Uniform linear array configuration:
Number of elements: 64
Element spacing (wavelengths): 0.75
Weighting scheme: hann
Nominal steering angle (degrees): -15
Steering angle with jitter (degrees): -14.236
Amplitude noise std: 0.05
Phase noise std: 0.05

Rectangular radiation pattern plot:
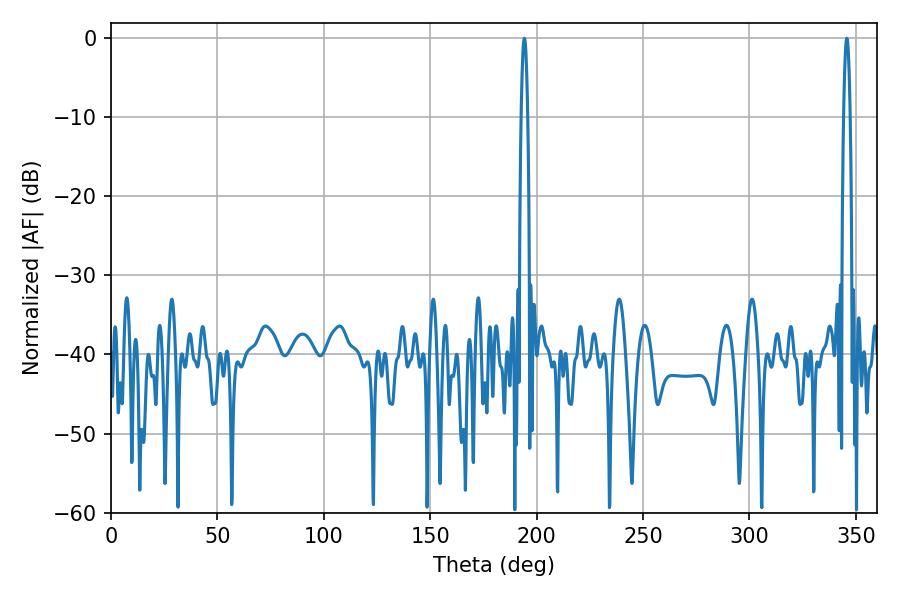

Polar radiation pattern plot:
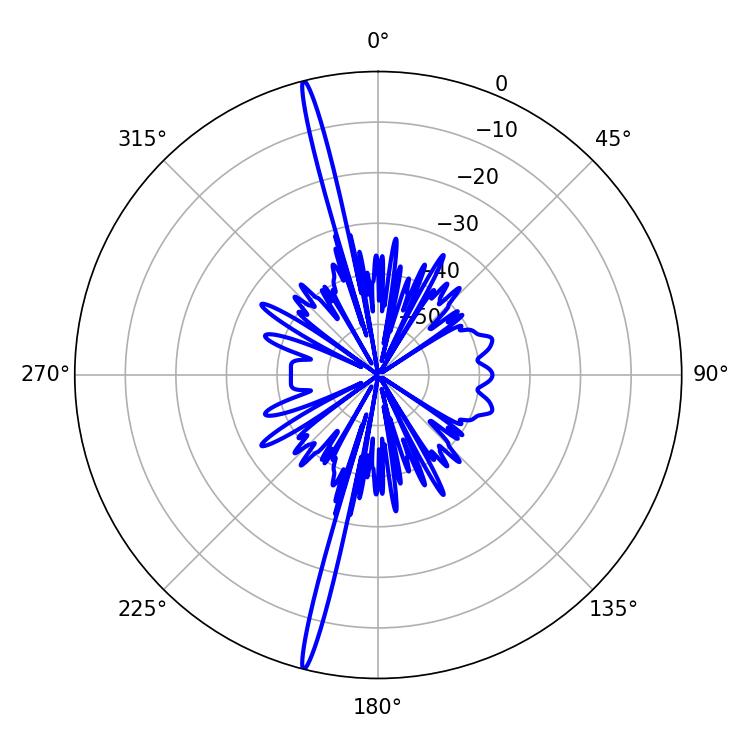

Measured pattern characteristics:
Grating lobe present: TRUE
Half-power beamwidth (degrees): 1.62
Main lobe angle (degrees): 194.22